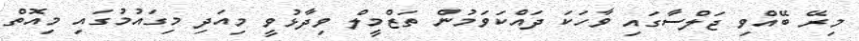
މިރޭ ބޭއްވި ޖަލްސާގައި ވާހަކަ ދައްކަވަމުން ތަޒްމީލް ވިދާޅުވީ މިއަދި މިގައުމުގައި މިއޮތް